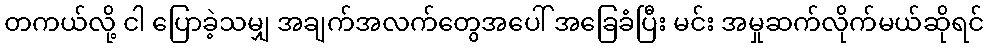
တကယ်လို့ ငါ ပြောခဲ့သမျှ အချက်အလက်တွေအပေါ် အခြေခံပြီး မင်း အမှုဆက်လိုက်မယ်ဆိုရင်